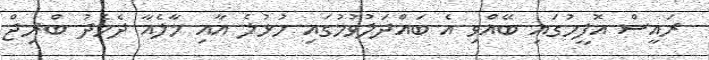
ރައީސް އޮފީހުގައި ބޭއްވި އެ ބައްދަލުވުމުގައި ހުޅުލެ އާއި މާލެއާ ދެމެދު ބްރިޖް